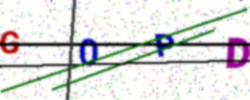
Text: G0PD